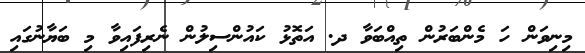
މިނިވަން ހަ މެންބަރުން ތިއްބަވާ ދ. އަތޮޅު ކައުންސިލުން ނެރިފައިވާ މި ބަޔާނުގައި